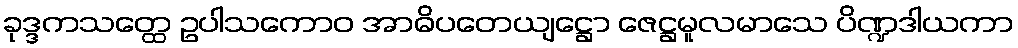
ခုဒ္ဒကသတ္ထေ ဥပါသကောဝ အာဓိပတေယျဋ္ဌော ဇေဋ္ဌမူလမာသေ ပိဏ္ဍဒါယကာ